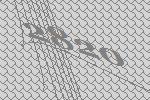
2820